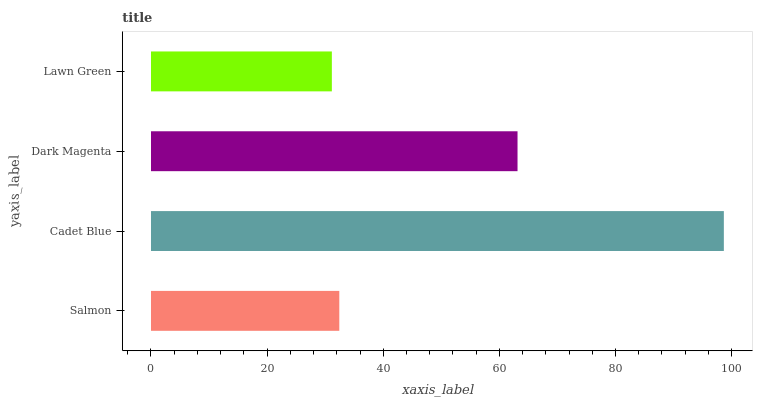
| yaxis_label | bars |
 | --- | --- |
 | Salmon | 32.4 |
 | Cadet Blue | 98.7 |
 | Dark Magenta | 63.1 |
 | Lawn Green | 31.2 |